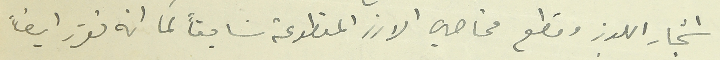
اشجار اللوز وقطع محاصيل الارز المقطوعة سابقاً كما انه تقرر ايضاً